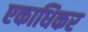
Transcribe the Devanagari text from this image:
एकाधिकर